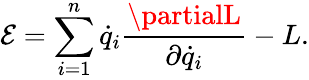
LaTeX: \mathcal{E}=\sum_{i=1}^{n}{\dot{{q}}}_{i}{\frac{{\partialL}}{{\partial{\dot{{q}}}_{i}}}}-L.